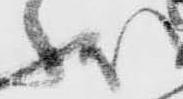
状